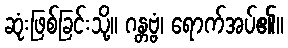
ဆုံးဖြစ်ခြင်းသို့။ ဂန္တဗ္ဗံ၊ ရောက်အပ်၏။